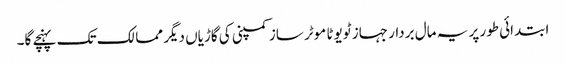
ابتدائی طور پر یہ مال بردار جہاز ٹویوٹا موٹر ساز کمپنی کی گاڑیاں دیگر ممالک تک پہنچے گا۔